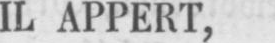
IL APPERT,